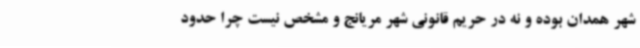
شهر همدان بوده و نه در حریم قانونی شهر مریانج و مشخص نیست چرا حدود